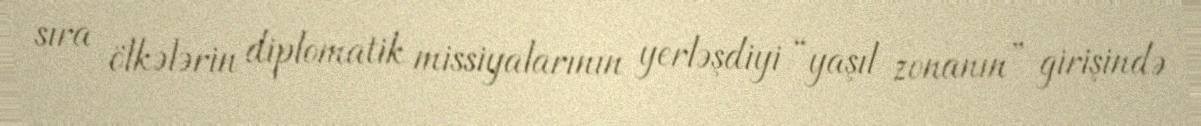
sıra ölkələrin diplomatik missiyalarının yerləşdiyi “yaşıl zonanın” girişində